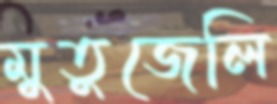
মুতুজেলি